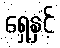
ရှေ့နှင့်